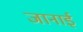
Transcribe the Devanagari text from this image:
जानाई